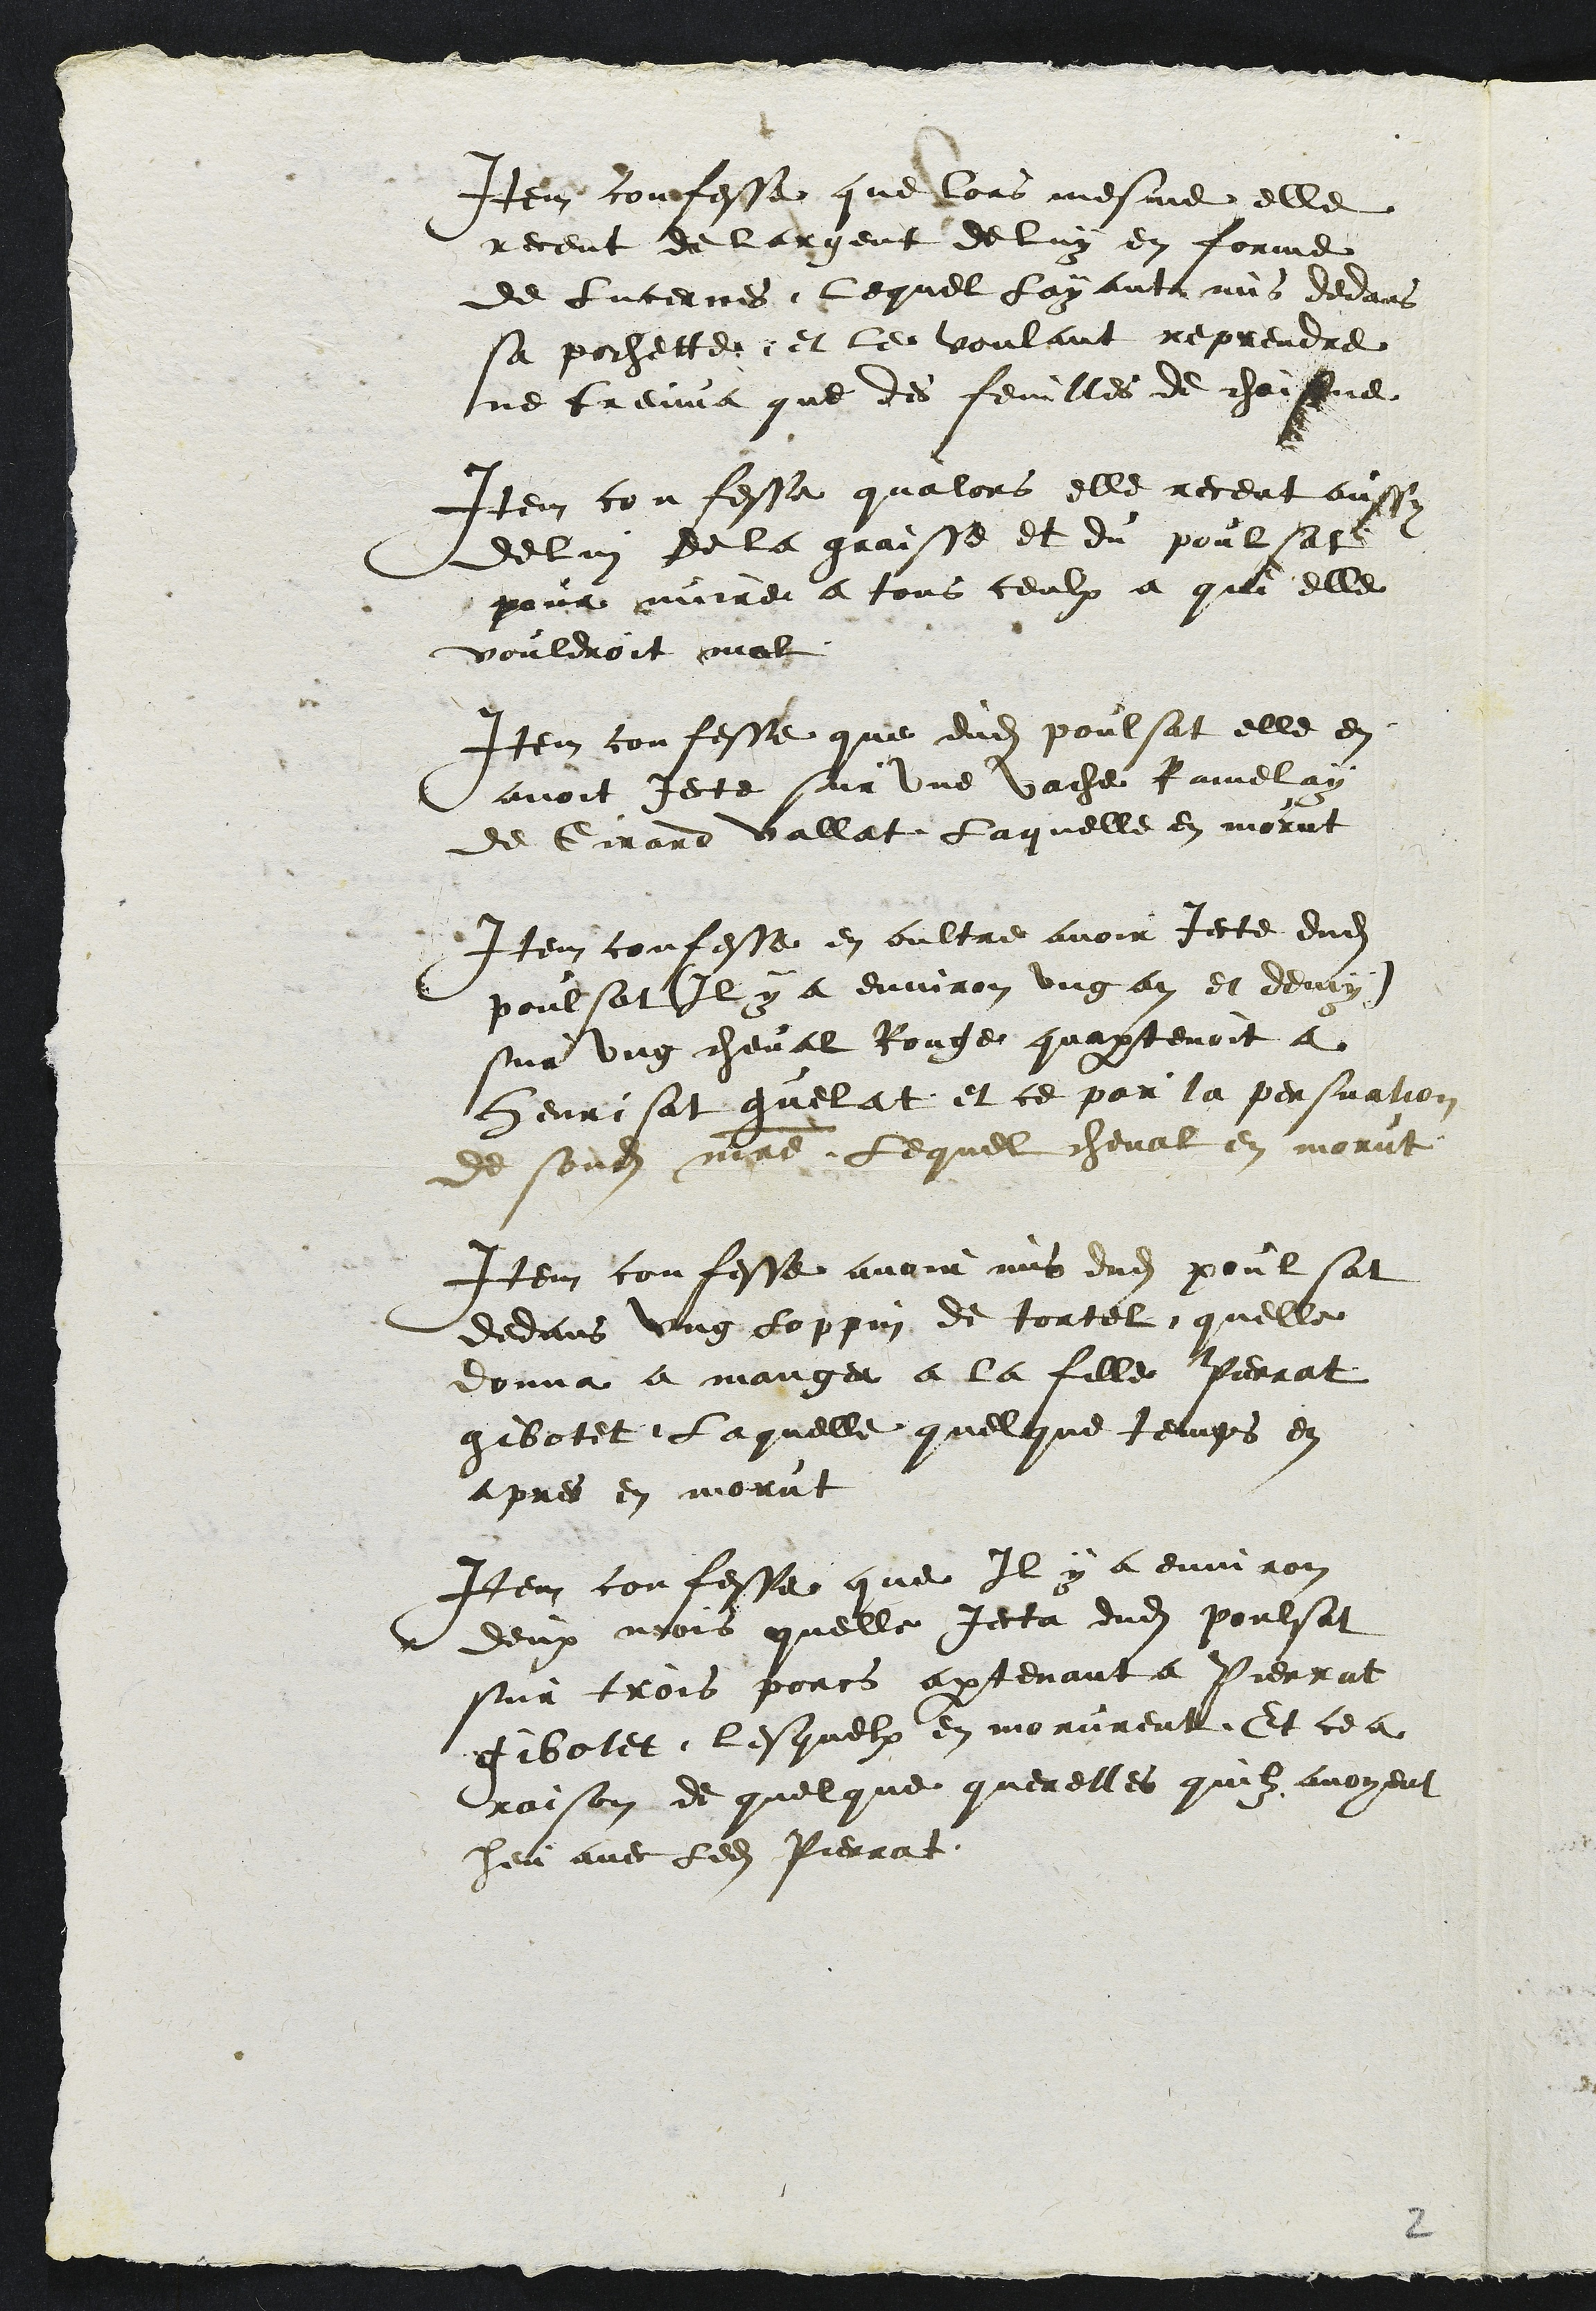
Item confesse que lors mesme elle
receut de largent de lui en forme
de Lucernes Lequel Layant mis dedans
sa pochette et le voulant reprendre
ne treuva que des feuilles de chaisne
Item confesse qualors elle receut aussy
de lui de la graisse et du poulsat
pour nuire a tous ceulx a qui elle
vouldroit mal
Item confesse que dudit poulsat elle en
avoit Jecte sur une vache Ramelay
de Girard vallat Laquelle en morut
Item confesse en oultre avoir jecte dudit
poulsat (Il y a environ ung an et demy)
sur ung cheval Rouge quapartenoit a
henrisat guelat et ce par la persuation
de sondit maitre Lequel cheval en morut
Item confesse avoir mis dudit poulsat
dedans ung loppin de tortel quelle
donna a manger a la fille Perrat
gibotet Laquelle quelque temps en
apres en morut
Item confesse que Il y a environ
deux mois quelle jecta dudit poulsat
sur trois porcs apartenant a Pierrat
Gibotet lesquelx en morurent. Et ce a
raison de quelque querelles quilz avoyent
heu avec ledit Pierrat